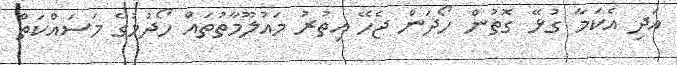
އަދި އެކަމާ ގުޅޭ ގޮތުން ހޯދަން ޖެހޭ އިތުރު މައުލޫމާތުތައް ހޯދުމުގެ މަސައްކަތް